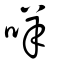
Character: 咩